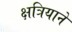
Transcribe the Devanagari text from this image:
क्षत्रियाने